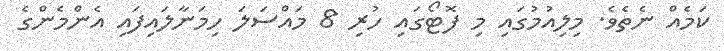
ކަމެއް ނެތެވެ. މިލިއުމުގައި މި ފޮޓޯގައި ހުރި 8 މައްސަލަ ހިމަނާލައިފައި އެންމެންގެ